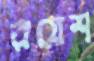
রয়েশ